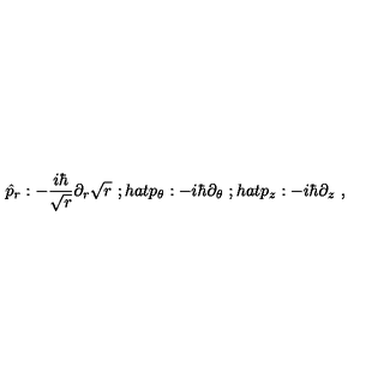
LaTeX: \hat { p } _ { r } : - \frac { i \hbar } { \sqrt { r } } \partial _ { r } \sqrt { r } \ ; h a t { p } _ { \theta } : - i \hbar \partial _ { \theta } \ ; h a t { p } _ { z } : - i \hbar \partial _ { z } \ ,